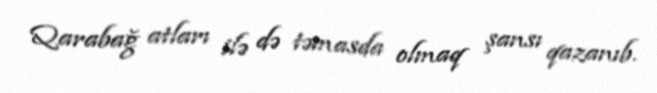
Qarabağ atları ilə də təmasda olmaq şansı qazanıb.